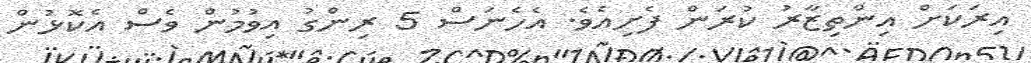
އިރަކަށް އިންތިޒާރު ކުރަން ފެށިއެވެ. އެހެނަސް 5 ރިންގު އިވުމުން ވެސް އެކޮޅުން